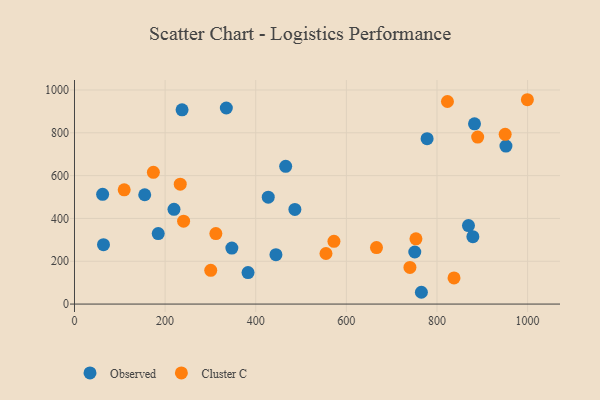
{"axis": {"x": "Study Hours", "y": "Fuel Efficiency"}, "legend": ["Cluster C", "Observed"], "data": [{"x": "869.5", "y": 366.7, "type": "Observed"}, {"x": "466.1", "y": 643.6, "type": "Observed"}, {"x": "219.6", "y": 442.5, "type": "Observed"}, {"x": "952.2", "y": 737.8, "type": "Observed"}, {"x": "335.1", "y": 915.8, "type": "Observed"}, {"x": "486.4", "y": 442.0, "type": "Observed"}, {"x": "184.8", "y": 329.3, "type": "Observed"}, {"x": "444.6", "y": 230.7, "type": "Observed"}, {"x": "879.2", "y": 315.0, "type": "Observed"}, {"x": "383.0", "y": 147.3, "type": "Observed"}, {"x": "765.6", "y": 55.1, "type": "Observed"}, {"x": "882.8", "y": 841.7, "type": "Observed"}, {"x": "778.2", "y": 772.5, "type": "Observed"}, {"x": "237.4", "y": 907.1, "type": "Observed"}, {"x": "155.0", "y": 510.6, "type": "Observed"}, {"x": "347.3", "y": 261.7, "type": "Observed"}, {"x": "62.1", "y": 512.4, "type": "Observed"}, {"x": "751.0", "y": 243.3, "type": "Observed"}, {"x": "427.6", "y": 499.5, "type": "Observed"}, {"x": "64.0", "y": 277.4, "type": "Observed"}, {"x": "174.1", "y": 615.6, "type": "Cluster C"}, {"x": "572.6", "y": 293.3, "type": "Cluster C"}, {"x": "753.6", "y": 304.6, "type": "Cluster C"}, {"x": "109.7", "y": 533.8, "type": "Cluster C"}, {"x": "889.8", "y": 780.1, "type": "Cluster C"}, {"x": "999.5", "y": 954.5, "type": "Cluster C"}, {"x": "666.5", "y": 263.8, "type": "Cluster C"}, {"x": "240.8", "y": 387.3, "type": "Cluster C"}, {"x": "837.6", "y": 122.2, "type": "Cluster C"}, {"x": "312.0", "y": 329.5, "type": "Cluster C"}, {"x": "740.3", "y": 171.3, "type": "Cluster C"}, {"x": "823.1", "y": 946.3, "type": "Cluster C"}, {"x": "300.7", "y": 157.8, "type": "Cluster C"}, {"x": "233.4", "y": 560.1, "type": "Cluster C"}, {"x": "555.0", "y": 236.3, "type": "Cluster C"}, {"x": "950.5", "y": 792.8, "type": "Cluster C"}]}